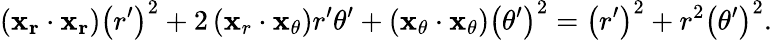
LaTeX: \left(\mathbf{x_{r}}\cdot\mathbf{x_{r}}\right)\left(r^{\prime}\right)^{2}+2\left(\mathbf{x}_{r}\cdot\mathbf{x}_{\theta}\right)r^{\prime}\theta^{\prime}+\left(\mathbf{x}_{\theta}\cdot\mathbf{x}_{\theta}\right)\left(\theta^{\prime}\right)^{2}=\left(r^{\prime}\right)^{2}+r^{2}\left(\theta^{\prime}\right)^{2}.